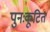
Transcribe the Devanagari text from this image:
पुनःकूटित